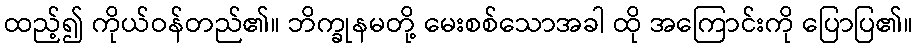
ထည့်၍ ကိုယ်ဝန်တည်၏။ ဘိက္ခုနမတို့ မေးစစ်သောအခါ ထို အကြောင်းကို ပြောပြ၏။